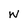
Character: w